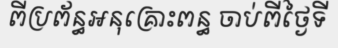
ពីប្រព័ន្ធអនុគ្រោះពន្ធ ចាប់ពីថ្ងៃទី